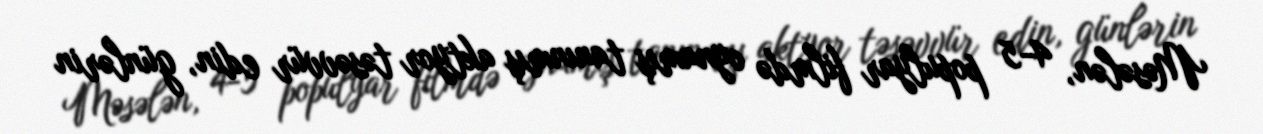
Məsələn, 4-5 populyar filmdə oynamış tanınmış aktyor təsəvvür edin, günlərin